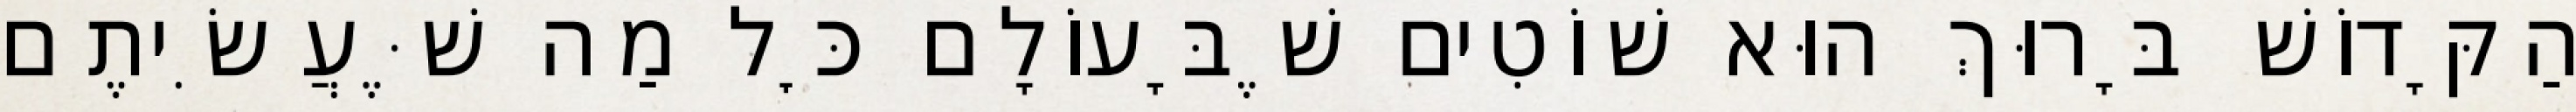
הַקָּדוֹשׁ בָּרוּךְ הוּא שׁוֹטִים שֶׁבָּעוֹלָם כׇּל מַה שֶּׁעֲשִׂיתֶם